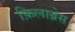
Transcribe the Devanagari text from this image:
फ़िलाब्रेस